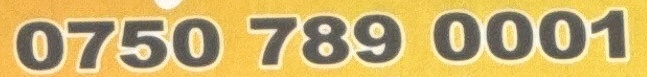
0750 789 0001